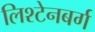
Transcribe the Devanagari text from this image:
लिश्टेनबर्ग